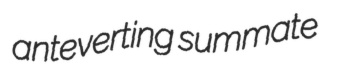
anteverting summate